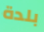
بلدة